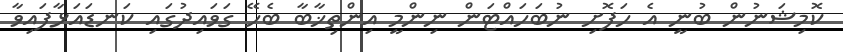
ކޮމިޝަނުން ބުނީ އެ ހަފޮށި ނުބަހައްޓަން ނިންމީ އިންތިޚާބާ ބެހޭ ގަވައިދުގައި ކަނޑައަޅާފައިވާ